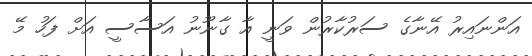
އަންނައިރު އޭނާގެ ސަރުކާރުން ވަނީ އާ ގާނޫނު އަސާސީ އަށް ފަހު މޭ